Statistical return of the lunatic asylum in Assam - 1912-1932
Year: 1912
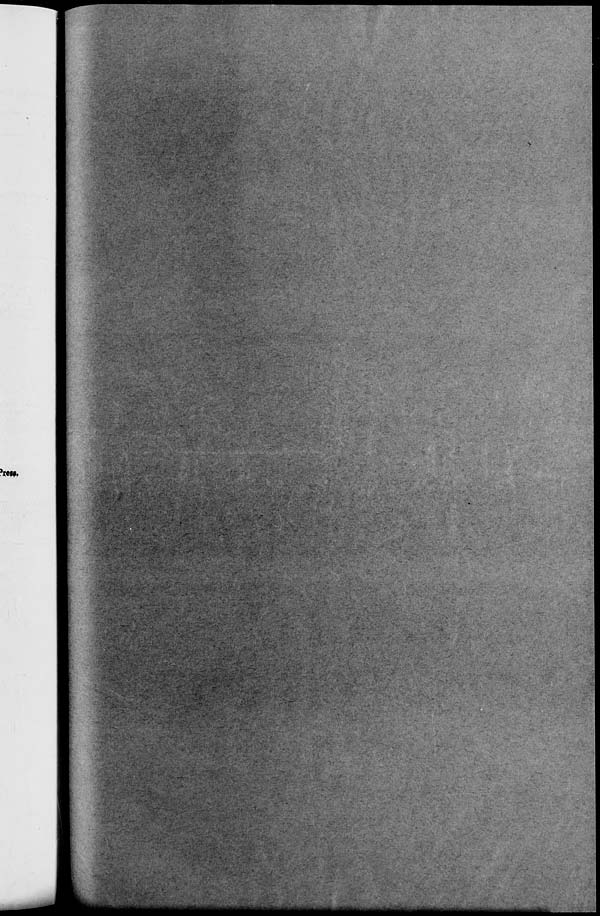
'ww.